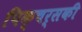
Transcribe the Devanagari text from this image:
पिक्चर्सकी